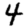
Digit: 4